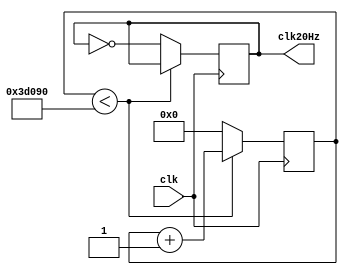
module divfreq20(clk, clk20Hz);
input clk;
output reg clk20Hz;

reg [20:0]count20;

initial begin
	count20 = 0;
	clk20Hz = 0;
end

always @(posedge clk)begin
	if(count20 < 250_000)begin
		count20 = count20 + 1'd1;
	end else begin
		clk20Hz = !clk20Hz;
		count20 = 0;
	end
end


endmodule